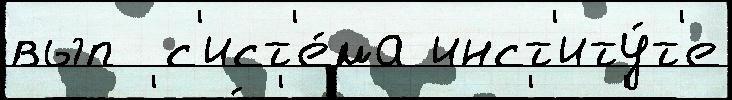
вып  с'ист'е́ма инст'иту́т'е